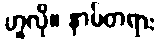
ဟူလို။ နာမ်တရား